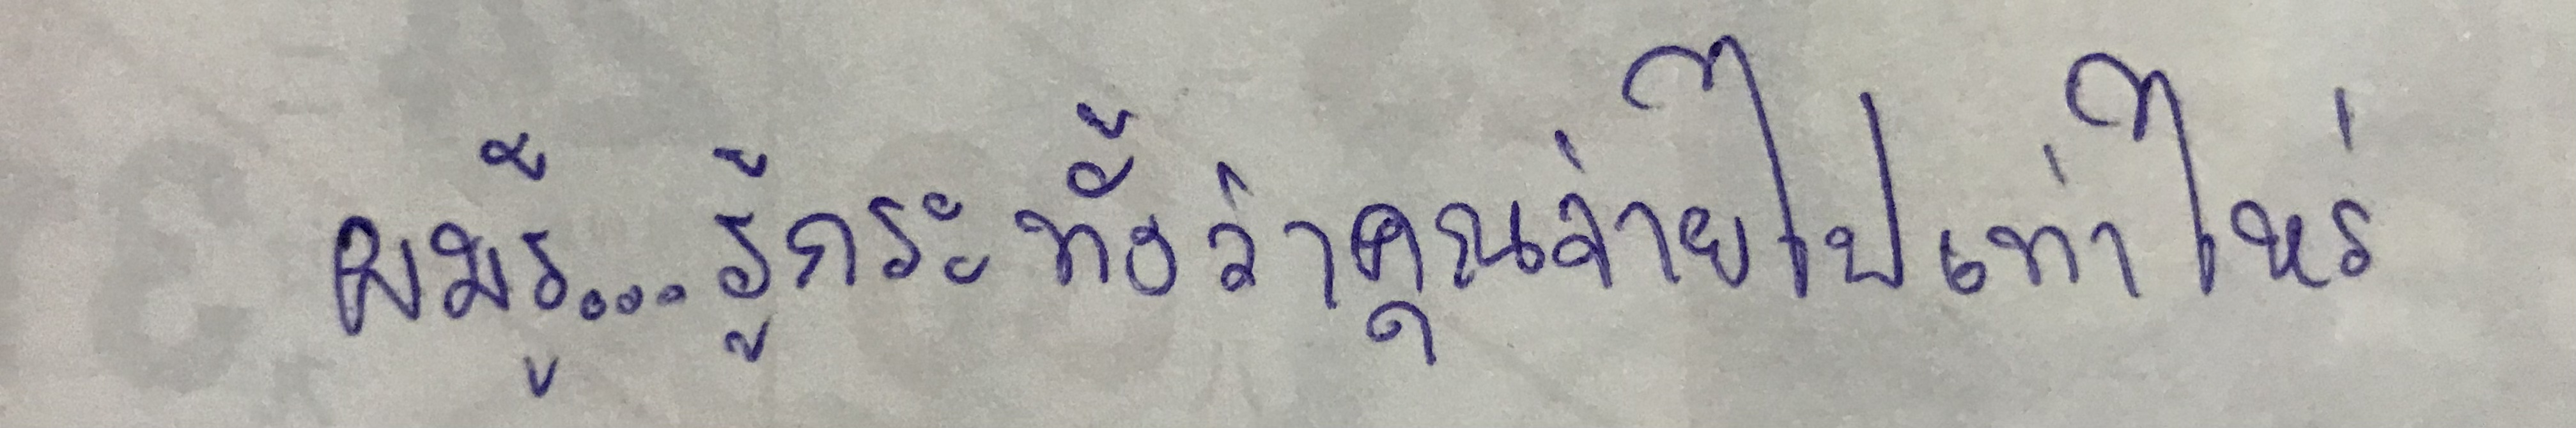
"ผมรู้...รู้กระทั่งว่าคุณจ่ายไปเท่าไหร่..."